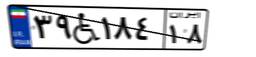
۳۹W۱۸۴۱۸